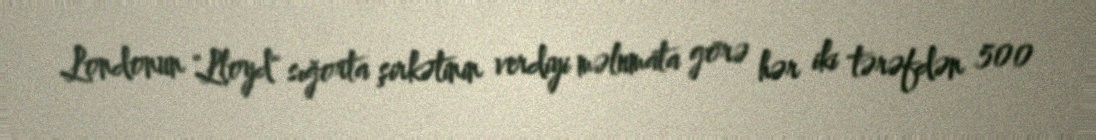
Londonun "Lloyd" sığorta şirkətinin verdiyi məlumata görə hər iki tərəfdən 500